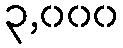
၃,၀၀၀